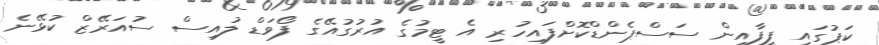
ކަޕުގައި ފީފާއިން ސަސްޕެންޑްކޮށްފައިހުރި އެ ޓީމުގެ އުރުގުއޭގެ ފޯވަޑް ލުއިސް ސުއަރޭޒް ކުޅޭނެ